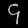
Digit: ၄